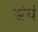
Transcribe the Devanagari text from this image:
संघं